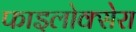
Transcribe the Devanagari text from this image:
फाइलोक्सेरा